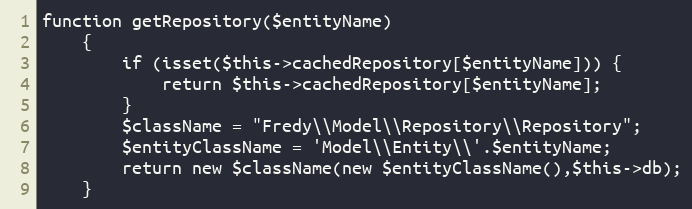
Language: PHP
function getRepository($entityName)
    {
        if (isset($this->cachedRepository[$entityName])) {
            return $this->cachedRepository[$entityName];
        }
        $className = "Fredy\\Model\\Repository\\Repository";
        $entityClassName = 'Model\\Entity\\'.$entityName;
        return new $className(new $entityClassName(),$this->db);
    }